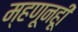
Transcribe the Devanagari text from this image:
म्हणूनहूी